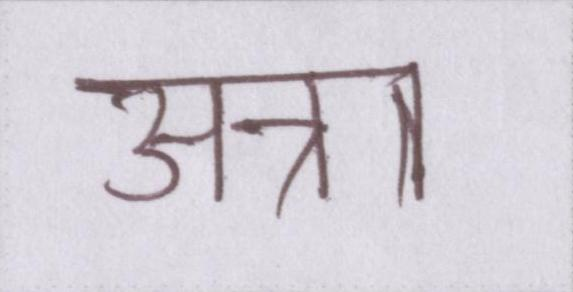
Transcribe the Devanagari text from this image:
अन्ना